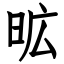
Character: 昿